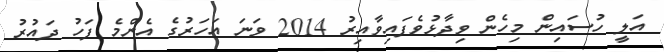
އަލީ ހުސައިން މިހެން ވިދާޅުވެފައިވާއިރު 2014 ވަނަ އަހަރުގެ އެންމެ ފަހު ދައުރު